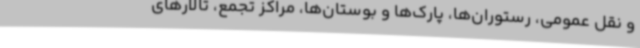
و نقل عمومی، رستوران‌ها، پارک‌ها و بوستان‌ها، مراکز تجمع، تالارهای